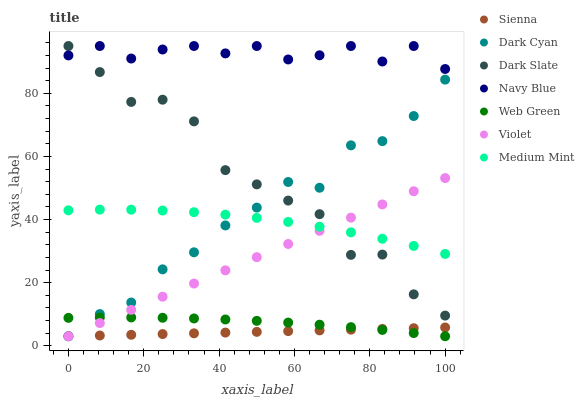
| xaxis_label | Sienna | Dark Cyan | Dark Slate | Navy Blue | Web Green | Violet | Medium Mint |
 | --- | --- | --- | --- | --- | --- | --- | --- |
 | 0 | 3 | 3 | 95 | 92 | 8.83 | 3 | 42.9 |
 | 8.33 | 3.23 | 10 | 86.7 | 95 | 8.95 | 7.18 | 43.1 |
 | 16.7 | 3.46 | 13.7 | 77.3 | 91 | 8.96 | 11.4 | 43.1 |
 | 25 | 3.7 | 24.2 | 78 | 93.9 | 8.86 | 15.5 | 42.8 |
 | 33.3 | 3.93 | 29.6 | 71.1 | 95 | 8.64 | 19.7 | 42.3 |
 | 41.7 | 4.16 | 38.1 | 55.7 | 92.7 | 8.32 | 23.9 | 41.5 |
 | 50 | 4.39 | 43.8 | 51.1 | 95 | 7.88 | 28.1 | 40.5 |
 | 58.3 | 4.62 | 51.9 | 46 | 90.7 | 7.33 | 32.2 | 39.2 |
 | 66.7 | 4.86 | 50.1 | 41.7 | 92.1 | 6.67 | 36.4 | 37.7 |
 | 75 | 5.09 | 63.5 | 28.8 | 95 | 5.89 | 40.6 | 35.9 |
 | 83.3 | 5.32 | 64.9 | 28.9 | 90.1 | 5.01 | 44.8 | 33.9 |
 | 91.7 | 5.55 | 72.8 | 16.3 | 95 | 4.01 | 49 | 31.6 |
 | 100 | 5.78 | 84.3 | 9.55 | 87.7 | 3 | 53.1 | 29.1 |